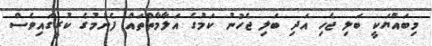
މިބައްޔަކީ ބަލި ޖެހި އަދި ބަލި ޖެހުނު ކަމުގެ އަލާމާތްތައް ފެނުމުގެ ކުރީގައިވެސް